Document type: Sale
Year: 1274
Scribe: [Unknown]
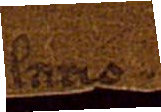
lario.